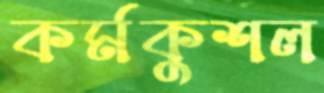
কর্মকুশল